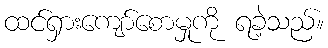
ထင်ရှားကျော်စောမှုကို ရခဲ့သည်။